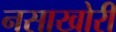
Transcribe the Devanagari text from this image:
नसाखोरी